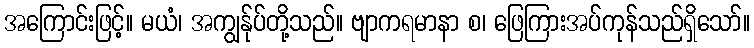
အကြောင်းဖြင့်။ မယံ၊ အကျွန်ုပ်တို့သည်။ ဗျာကရမာနာ စ၊ ဖြေကြားအပ်ကုန်သည်ရှိသော်။